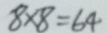
8 \times 8 = 6 4